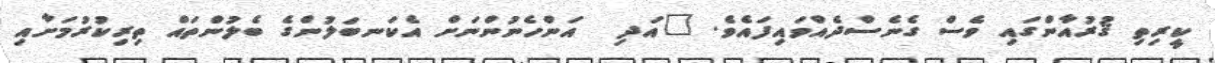
ކީރިތި ޤުރުއާންގައި ވެސް ގެނެސްދެއްވައިފައެވެ. "އަދި  އަންހެނުންނަށް އެކަނބަލުންގެ ބެލުންތައް ތިރިކުރުމަށާއި